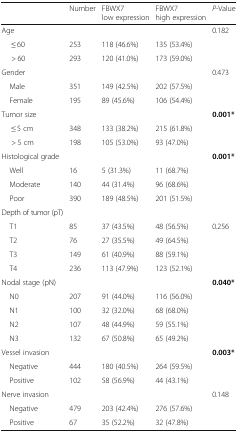
<table><thead><tr><td></td><td><b>Number</b></td><td><b>FBWX7 low expression</b></td><td><b>FBWX7 high expression</b></td><td><b><i>P</i>-Value</b></td></tr></thead><tbody><tr><td>Age</td><td></td><td></td><td></td><td>0.182</td></tr><tr><td>≤ 60</td><td>253</td><td>118 (46.6%)</td><td>135 (53.4%)</td><td></td></tr><tr><td>&gt; 60</td><td>293</td><td>120 (41.0%)</td><td>173 (59.0%)</td><td></td></tr><tr><td>Gender</td><td></td><td></td><td></td><td>0.473</td></tr><tr><td> Male</td><td>351</td><td>149 (42.5%)</td><td>202 (57.5%)</td><td></td></tr><tr><td> Female</td><td>195</td><td>89 (45.6%)</td><td>106 (54.4%)</td><td></td></tr><tr><td>Tumor size</td><td></td><td></td><td></td><td><b>0.001*</b></td></tr><tr><td>≤ 5 cm</td><td>348</td><td>133 (38.2%)</td><td>215 (61.8%)</td><td></td></tr><tr><td>&gt; 5 cm</td><td>198</td><td>105 (53.0%)</td><td>93 (47.0%)</td><td></td></tr><tr><td>Histological grade</td><td></td><td></td><td></td><td><b>0.001*</b></td></tr><tr><td> Well</td><td>16</td><td>5 (31.3%)</td><td>11 (68.7%)</td><td></td></tr><tr><td> Moderate</td><td>140</td><td>44 (31.4%)</td><td>96 (68.6%)</td><td></td></tr><tr><td> Poor</td><td>390</td><td>189 (48.5%)</td><td>201 (51.5%)</td><td></td></tr><tr><td>Depth of tumor (pT)</td><td></td><td></td><td></td><td></td></tr><tr><td> T1</td><td>85</td><td>37 (43.5%)</td><td>48 (56.5%)</td><td>0.256</td></tr><tr><td> T2</td><td>76</td><td>27 (35.5%)</td><td>49 (64.5%)</td><td></td></tr><tr><td> T3</td><td>149</td><td>61 (40.9%)</td><td>88 (59.1%)</td><td></td></tr><tr><td> T4</td><td>236</td><td>113 (47.9%)</td><td>123 (52.1%)</td><td></td></tr><tr><td>Nodal stage (pN)</td><td></td><td></td><td></td><td><b>0.040*</b></td></tr><tr><td> N0</td><td>207</td><td>91 (44.0%)</td><td>116 (56.0%)</td><td></td></tr><tr><td> N1</td><td>100</td><td>32 (32.0%)</td><td>68 (68.0%)</td><td></td></tr><tr><td> N2</td><td>107</td><td>48 (44.9%)</td><td>59 (55.1%)</td><td></td></tr><tr><td> N3</td><td>132</td><td>67 (50.8%)</td><td>65 (49.2%)</td><td></td></tr><tr><td>Vessel invasion</td><td></td><td></td><td></td><td><b>0.003*</b></td></tr><tr><td> Negative</td><td>444</td><td>180 (40.5%)</td><td>264 (59.5%)</td><td></td></tr><tr><td> Positive</td><td>102</td><td>58 (56.9%)</td><td>44 (43.1%)</td><td></td></tr><tr><td>Nerve invasion</td><td></td><td></td><td></td><td>0.148</td></tr><tr><td> Negative</td><td>479</td><td>203 (42.4%)</td><td>276 (57.6%)</td><td></td></tr><tr><td> Positive</td><td>67</td><td>35 (52.2%)</td><td>32 (47.8%)</td><td></td></tr></tbody></table>